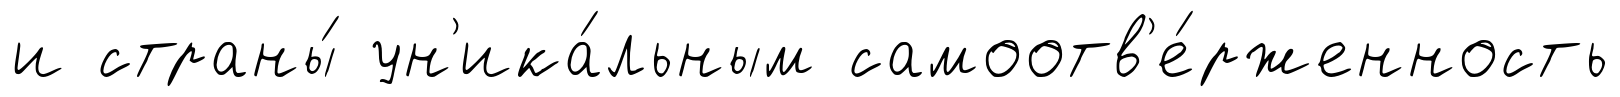
и страны́ ун'ика́льным самоотв'е́рженность